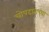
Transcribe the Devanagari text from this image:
चोपदाराच्या